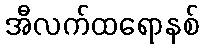
အီလက်ထရောနစ်